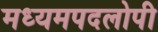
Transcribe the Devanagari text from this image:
मध्यमपदलोपी